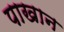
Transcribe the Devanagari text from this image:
पाखान